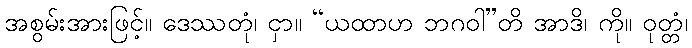
အစွမ်းအားဖြင့်။ ဒေဿတုံ၊ ငှာ။ “ယထာဟ ဘဂဝါ”တိ အာဒိ၊ ကို။ ဝုတ္တံ၊